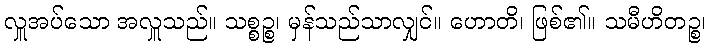
လှူအပ်သော အလှူသည်။ သစ္စဉ္စ၊ မှန်သည်သာလျှင်။ ဟောတိ၊ ဖြစ်၏။ သမီဟိတဉ္စ၊